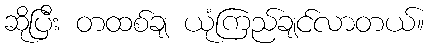
ဆိုပြီး တထစ်ချ ယုံကြည်ချင်လာတယ်။